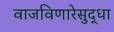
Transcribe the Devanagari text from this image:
वाजविणारेसुद्धा